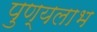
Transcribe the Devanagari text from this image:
पुण्यलाभ